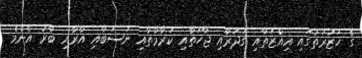
ގެ ހަޒުރަތުގައި އިއްޒަތާއި ގަދަރާއި ޖާހަތާއި ކަރާމާތާއި ނަސަބާއި އާރާއި ބާރު އެންމެ